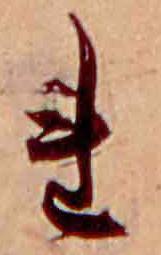
れ